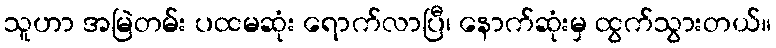
သူဟာ အမြဲတမ်း ပထမဆုံး ရောက်လာပြီ၊ နောက်ဆုံးမှ ထွက်သွားတယ်။